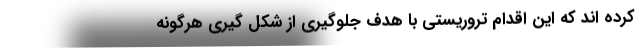
کرده اند که این اقدام تروریستی با هدف جلوگیری از شکل گیری هرگونه